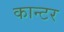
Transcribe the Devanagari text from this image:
कान्टर